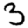
Digit: 3